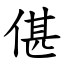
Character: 偡